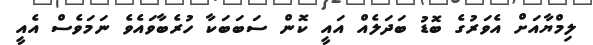
ލިމްޔާއަށް އެވަރުގެ ބޮޑު ބަދަލެއް އައީ ކޮން ސަބަބަކާ ހުރެބާވައެވެ ނަމަވެސް އެއީ